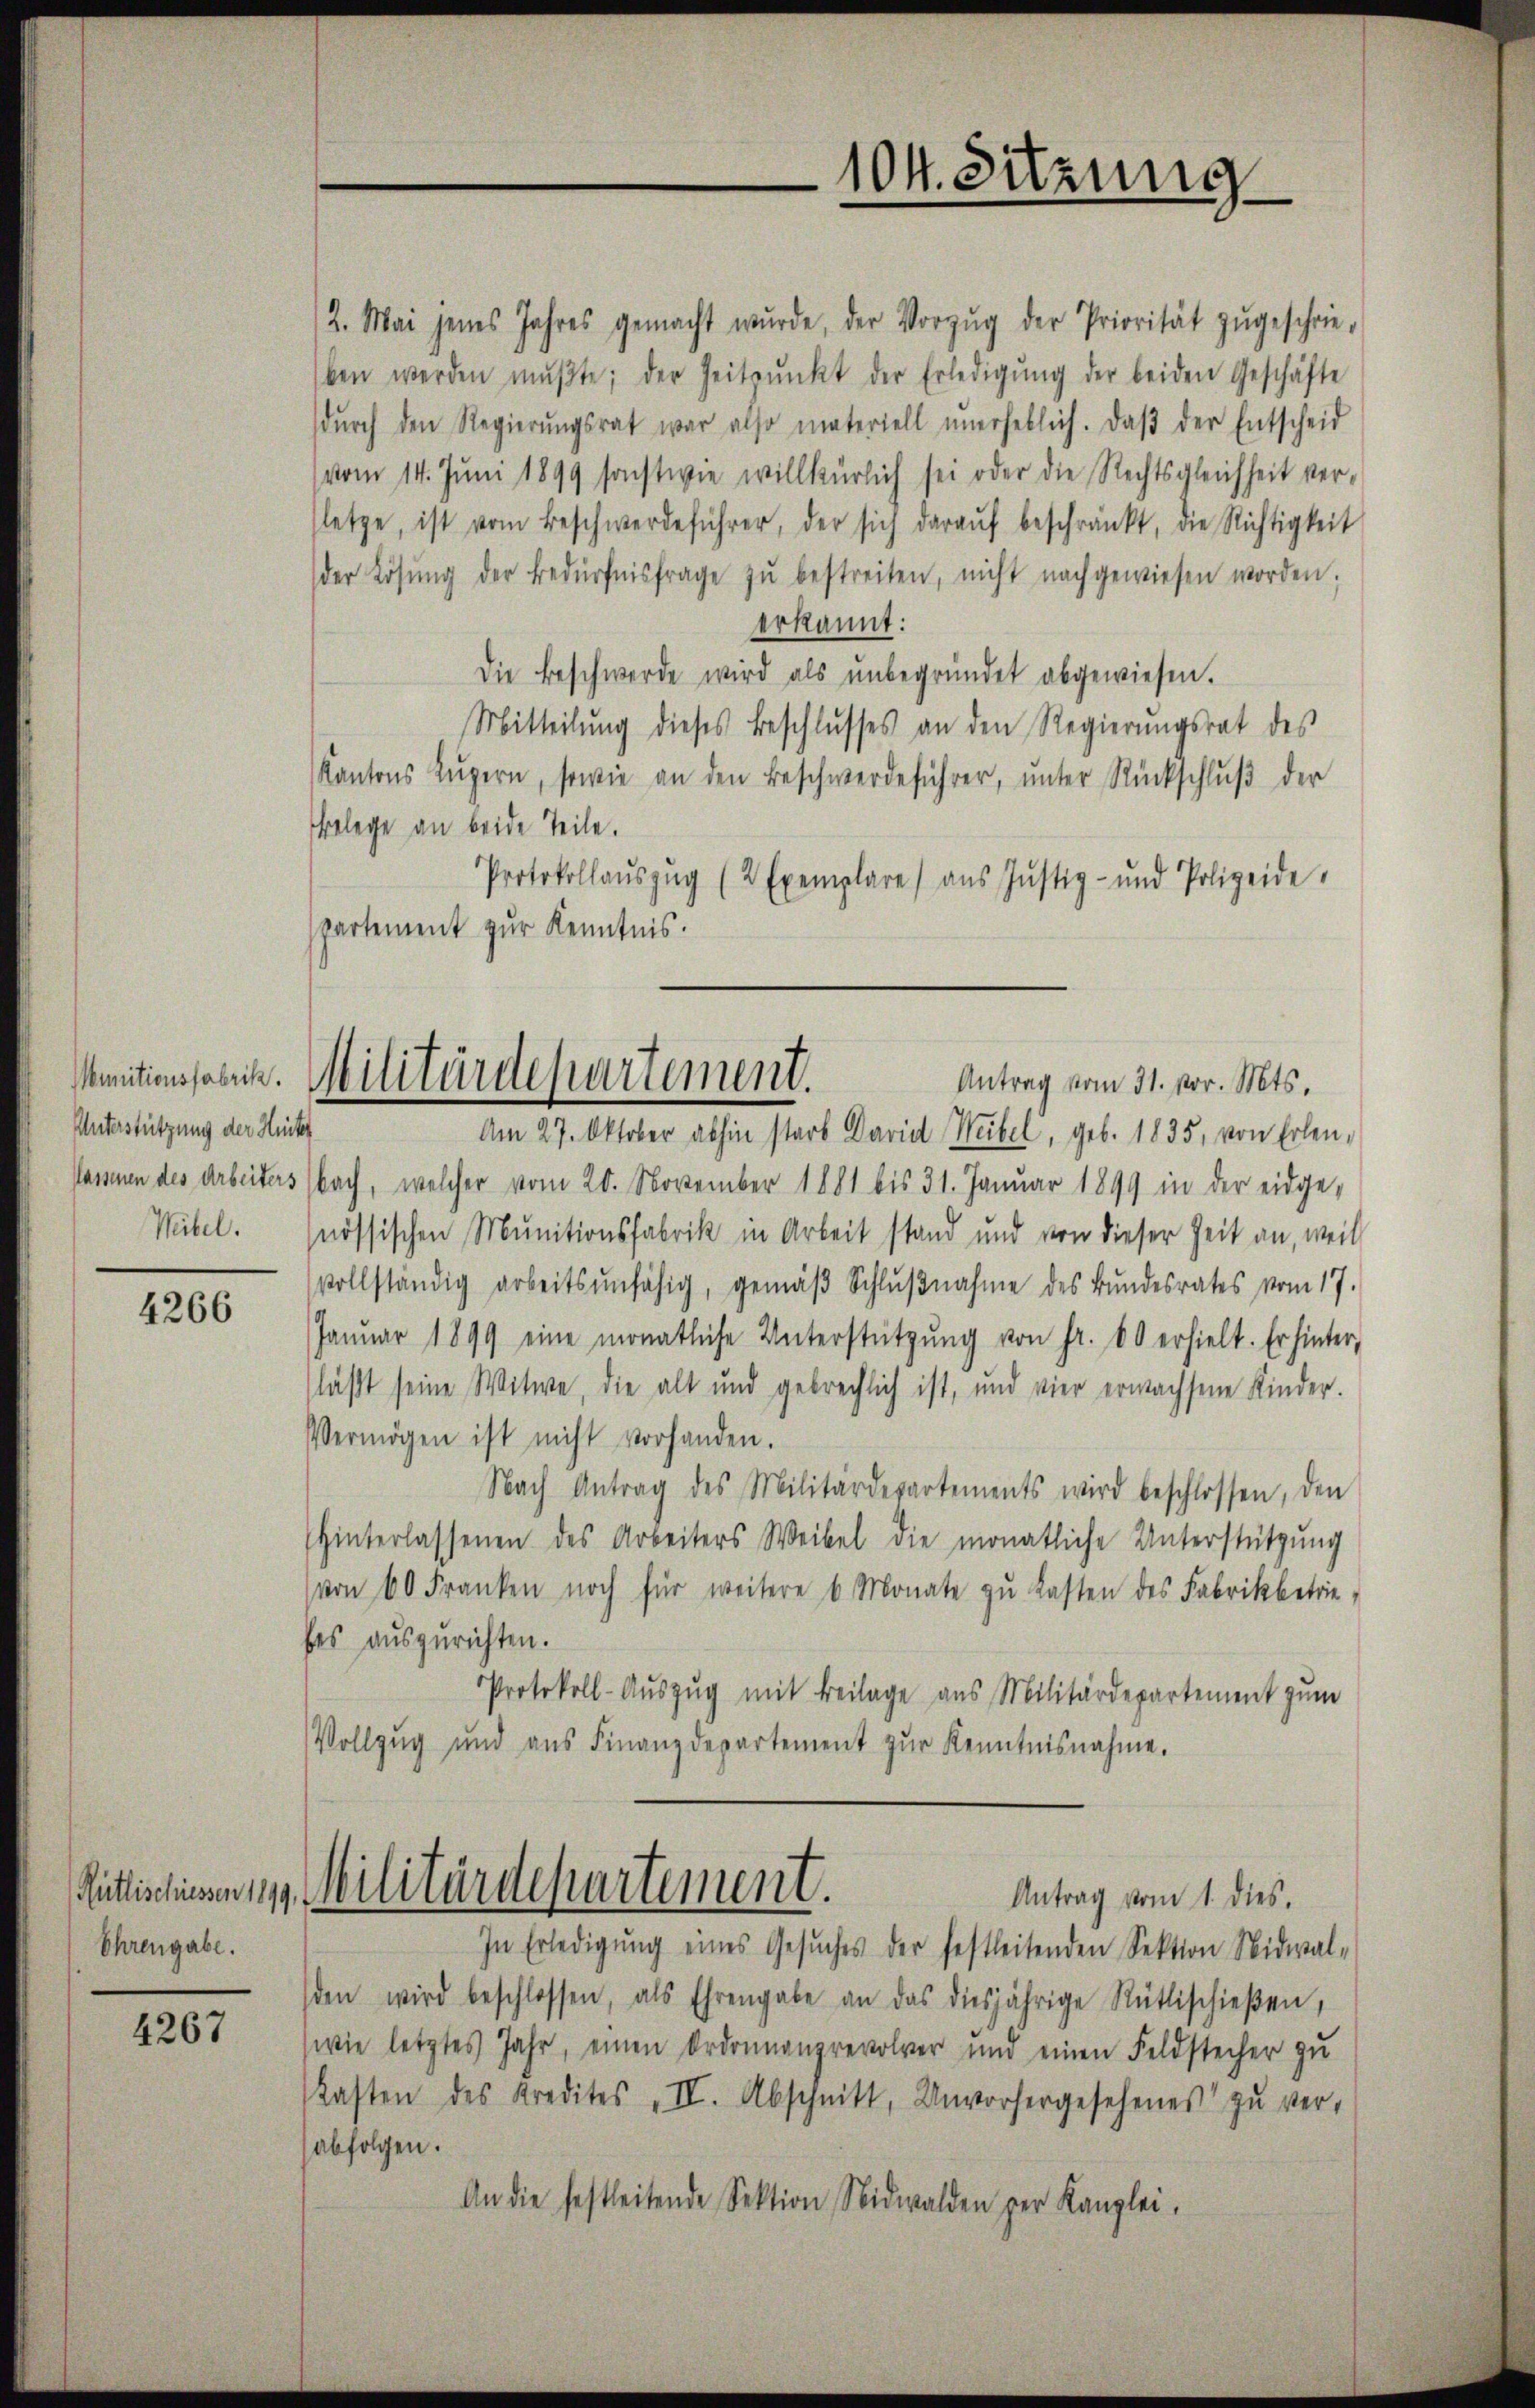
Munitionsfabrik.
Unterstützung der Huck
Wibel.

4266

Rütlischiessen 1899
Ehrengabe.

4267

2. Mai jenes Jahres gemacht wŭrde, der Vorzŭg der Priorität zŭgeschrie-
ben werden mŭβte; der Zeitpunkt der Erledigŭng der beiden Geschäfte
dŭrch den Regierŭngsrat war also materiell unerheblich. Daβ der Entscheid
(vom 14. Juni 1899 sonstwie willkürlich sei oder die Rechtsgleichheit ver-
letze, ist vom Beschwerdeführer, der sich daraŭf beschränkt, die Richtigkeit
der Lösŭng der Bedürfnisfrage zŭ bestreiten, nicht nachgewiesen worden.
erkannt:
Die Beschwerde wird als ŭnbegründet abgewiesen.
Mitteilŭng dieses Beschlŭsses an den Regierŭngsrat des
Kantons Zŭgern, sowie an den Beschwerdeführer, ŭnter Rückschlŭβ der
Belege an beide Teile.
Protokollaŭszŭg (2 Exemplare) aus Jŭstiz- und Polizeide.
partement zur Kenntnis.
Antrag vom 31. vor. Mts.
Am 27. Oktober abhin starb David Weibel, geb. 1835, von Erlenassen des Arbeiters (bach, welcher vom 20. November 1881 bis 31. Januar 1899 in der eidge-
nössischen Munitionsfabrik in Arbeit stand und von dieser Zeit an, weil
vollständig arbeitsunfähig, gemäβ Schlŭβnahme des Bundesrates vom 17.
Janŭar 1899 eine monatliche Unterstützŭng von fr. 60 erhielt. Er hinter-
läßt seine Witwe, die alt und gebrechlich ist, und vier erwachsene Kinder.
Vermögen ist nicht vorhanden.
Nach Antrag des Militärdepartements wird beschlossen, den
Hinterlassenen des Arbeiters Weibel die monatliche Unterstützung
von 60 Franken noch für weitere 6 Monate zŭ lasten des Fabrikbetrie
hes auszurichten.
Protokoll-Aŭszŭg mit Beilage aus Militärdepartement zum
Vollzug und ans Finanzdepartement zŭr Kenntnisnahme.
Militärdepartement.
Antrag vom 1. dies.
In Erledigŭng eines Gesŭches der festleitenden Sektion Nidwal-
den wird beschlossen, als Ehrengabe an das diesjährige Rüttischießen,
(wie letztes Jahr, einen Ordonnanzrevolver und einen Feldstecher zu
Kasten des Kredites II. Abschnitt, Unvorhergesehenes zŭ ver-
abfolgen.
An die festleitende Sektion, Nidwalden per Kanzlei.

Militärdepartement.

104. Sitzung